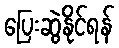
ပြေးဆွဲနိုင်ရန်